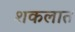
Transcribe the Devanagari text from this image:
शकलात